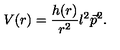
V ( r ) = \frac { h ( r ) } { r ^ { 2 } } l ^ { 2 } \vec { p } ^ { 2 } .